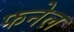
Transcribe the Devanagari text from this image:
फनेल